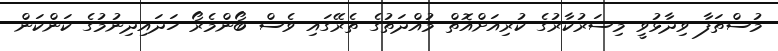
މުސްތަފާ ވިދާޅުވީ މިސަރުކާރުގެ ކުރިއަށްއޮތް މުއްދަތުގެ ތެރޭގައި ވެސް ބޯންމެރޯ ހަދައިދިނުމުގެ ކަންކަން